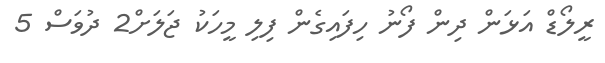
ރީލޯޑް އަޅަން ދިން ފޯނު ހިފައިގެން ފިލި މީހަކު ޖަލަށް2 ދުވަސް 5